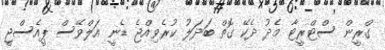
ގްރީން ސްޓްރީޓާ މެދު ދެކޭ ގޮތް ބަދަލު ކުރެވިއްޖެ ޑެނީ އަލްވޭސް ޕީއެސްޖީ